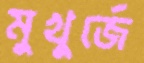
মুখুর্জে